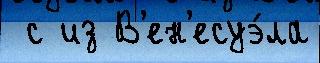
 с из В'ен'есуэ́ла